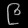
Digit: ၉